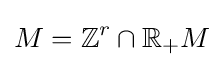
M=\mathbb {Z} ^{r}\cap \mathbb {R} _{+}M